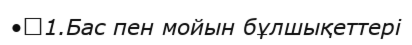
•	1.Бас пен мойын бұлшықеттері